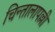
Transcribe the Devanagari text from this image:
चिन्तालापल्ली